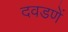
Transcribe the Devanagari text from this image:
दवडणें